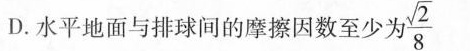
D.水平地面与排球间的摩擦因数至少 $$\frac{\sqrt{2}}{8}$$